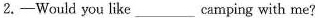
2.---Would you like ____ camping with me?